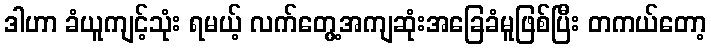
ဒါဟာ ခံယူကျင့်သုံး ရမယ့် လက်တွေ့အကျဆုံးအခြေခံမူဖြစ်ပြီး တကယ်တော့